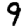
Digit: 9